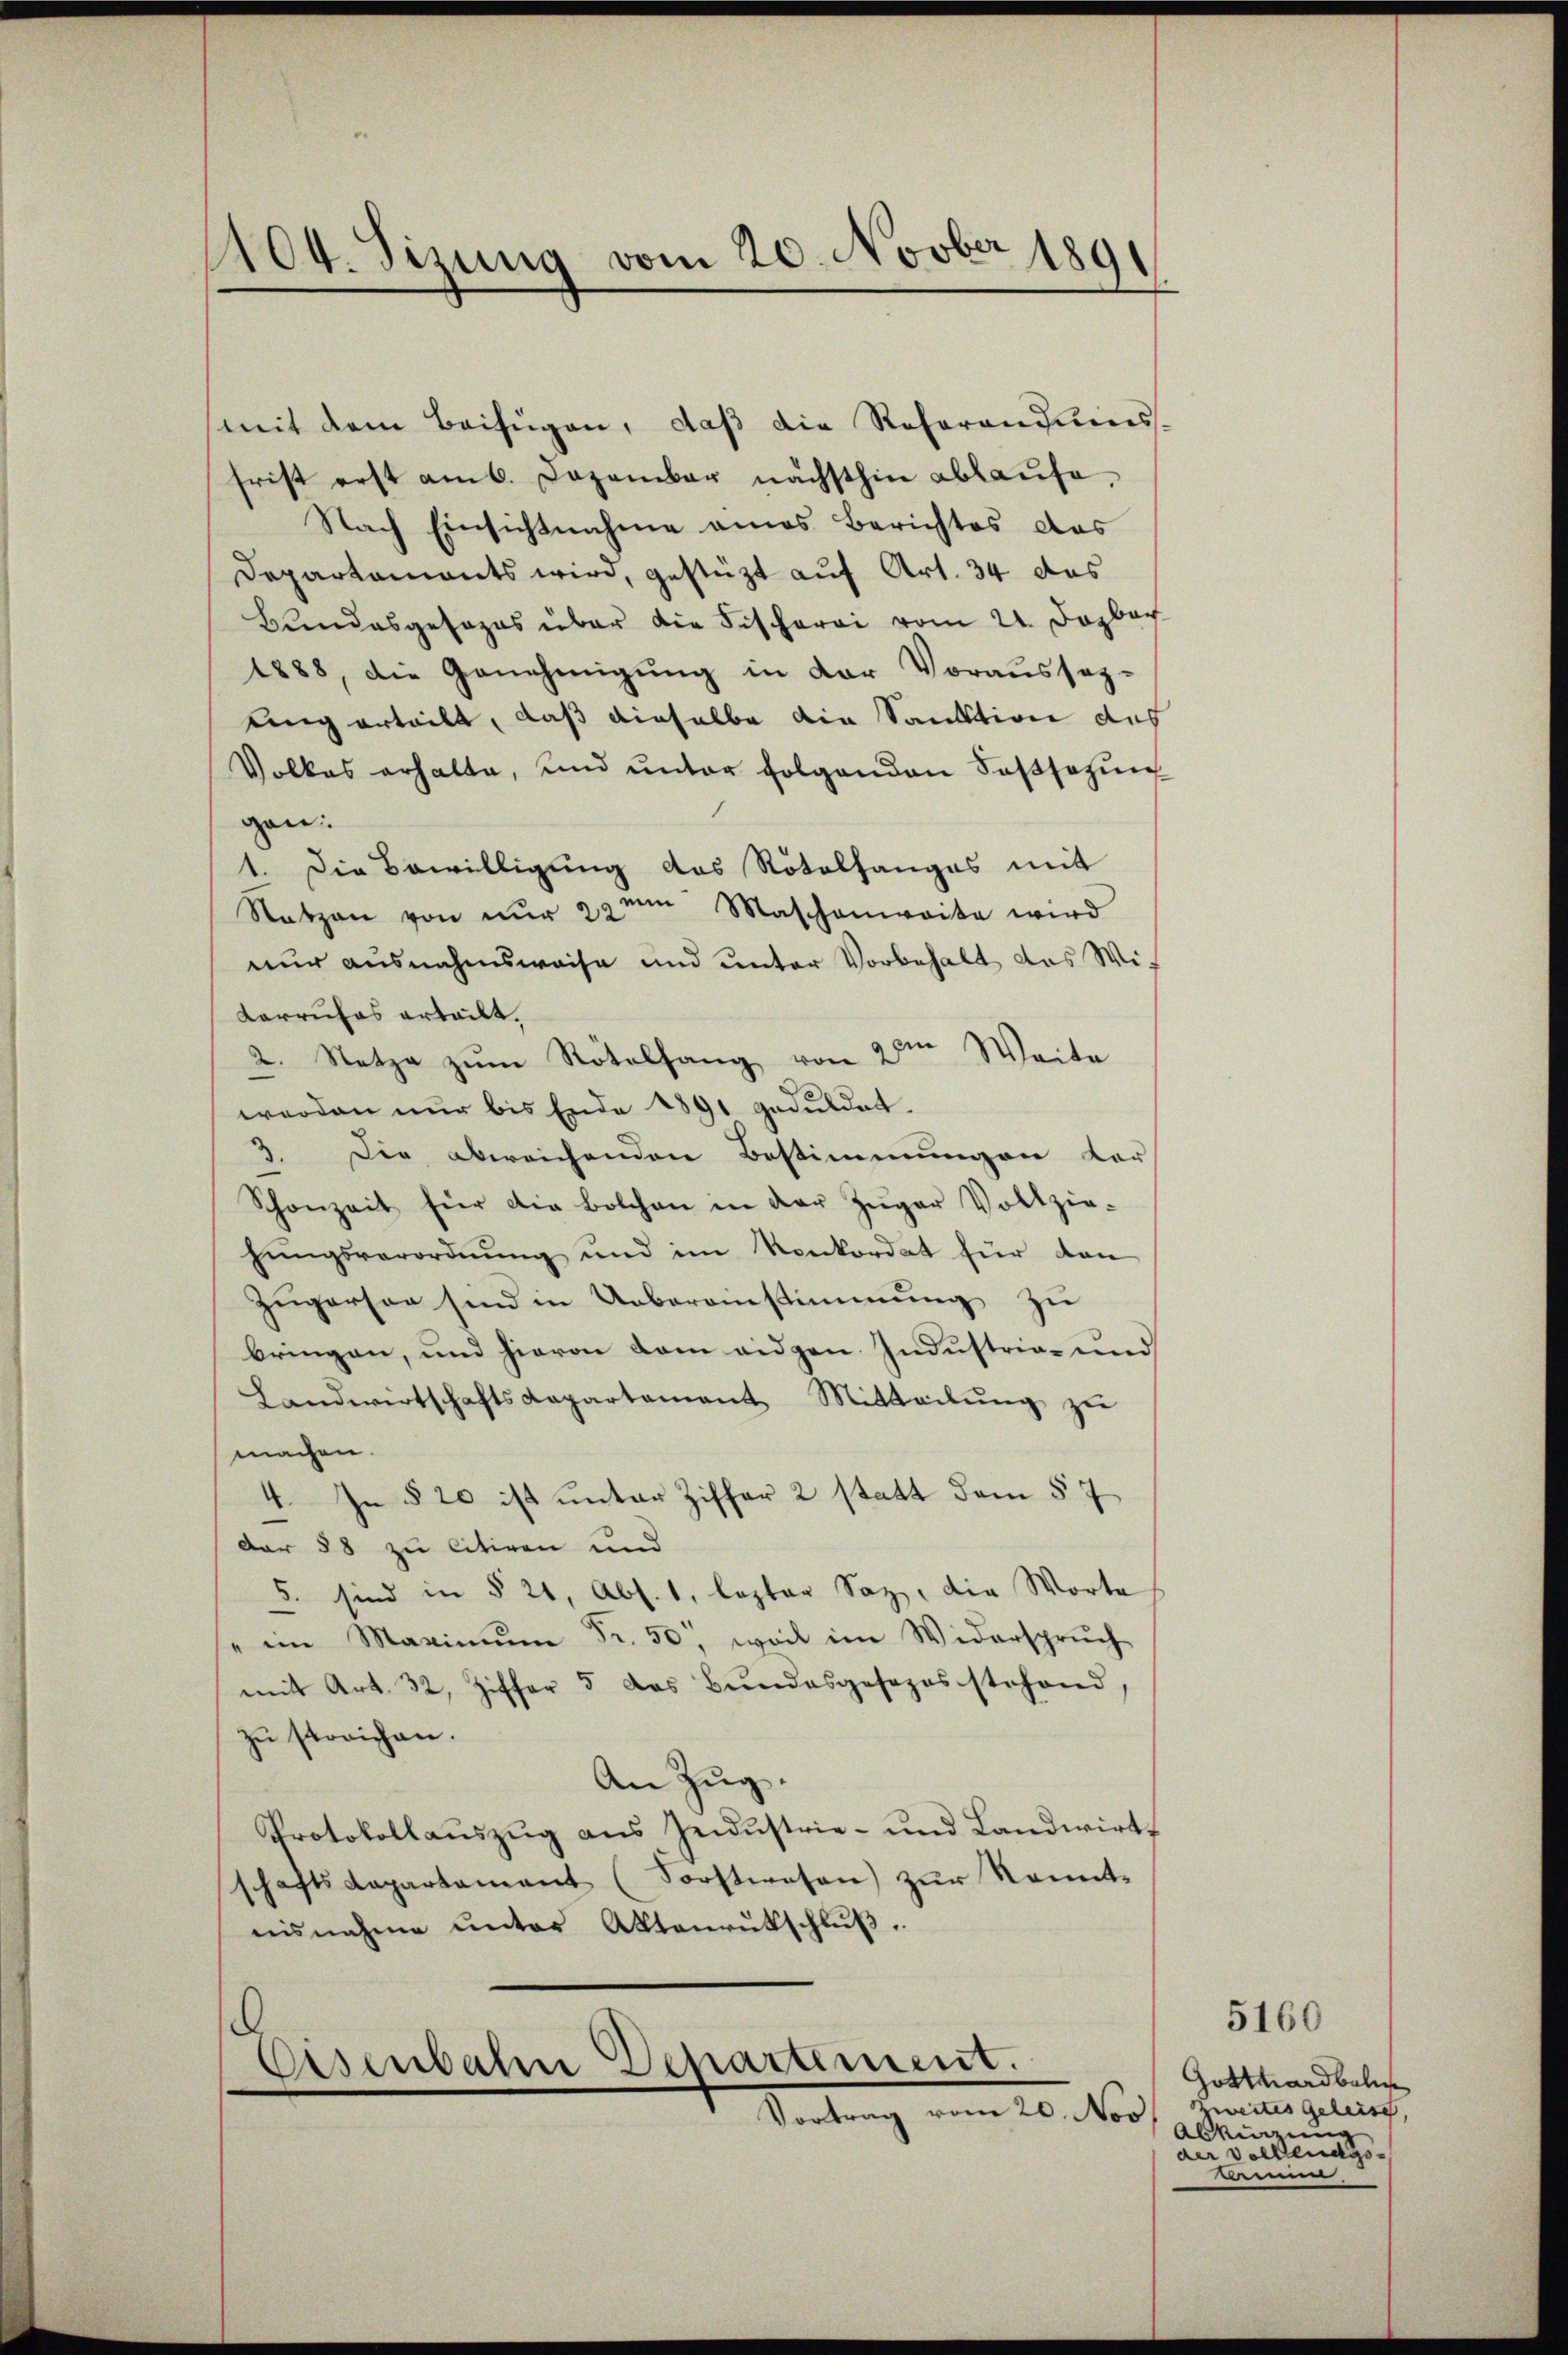
404. Sizung vom 20. Novber 1891

mit dem Beifügen, daß die Referandiens
frist erst am 6. Dezember nächsthin ablaufe,
Nach Einsichtnahme eines Berichtes das
Departaments wird, gestüzt auf Art. 34 das
Bundesgesezes über die Fischerei vom 21. Dezber
1888, die Genehmigŭng in der Voraussag-
ling erteilt, daß dieselbe die Sauktion des
Volkes erhalte, und ŭnter folgenden Fassetzŭng
gen:
1. Die Bewilligung das Rötelhanges mit
Natzen von nŭr 22 tn Maschenweite wird
nur ausnahmsweise und unter Vorbehalt das Wit
Karrufes erteilt.
2. Netze zŭm Rötelsang von dem Weite
werden nŭr bis Ende 1891 geduldet.
3. Die abweichenden Bestimmungen vor-
Schonzeit für die Bolchen in der Züger Vollzie-
hŭngsverordnŭng und im Konkordat für dan
Zügerson sind in Ueberanstimmung zu
bringen, und hievon dem eidgen. Industria- und
Landwirtschaftsdepartament Mitteilŭng zŭ
machen.
4. In § 20 ist unter Ziffer 2 statt dem § 7
dar 88 zu citiren und
5. sind in § 21, Abs. 1, lezter Saz, die Worte
" im Maximum Fr. 50, weil im Widerspruch
mit Art. 32, Ziffer 5 des Bŭndesgesezes stehend
zu streichen.
An Zŭg.
Protokollauszug aus Jedustrie- und Landwirt
schaftsdepartament (Sorstwesen zŭr Kennt-
nisnahme ŭnter Aktenrütschlŭβ
Eisenbahn Departement.

Vortrag vom 20. Nov

5160
Gotthardbali
Zweites Geleise,
Abkizung
der Vollendgs
kenen,